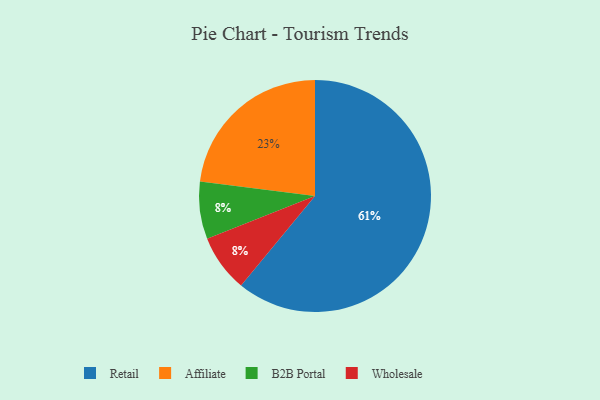
{"axis": {"x": "Category", "y": "Percentage"}, "legend": ["Affiliate", "B2B Portal", "Retail", "Wholesale"], "data": [{"x": "Affiliate", "y": 23, "type": "Affiliate"}, {"x": "B2B Portal", "y": 8, "type": "B2B Portal"}, {"x": "Wholesale", "y": 8, "type": "Wholesale"}, {"x": "Retail", "y": 61, "type": "Retail"}]}